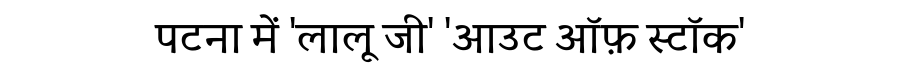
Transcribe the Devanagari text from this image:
पटना में 'लालू जी' 'आउट ऑफ़ स्टॉक'